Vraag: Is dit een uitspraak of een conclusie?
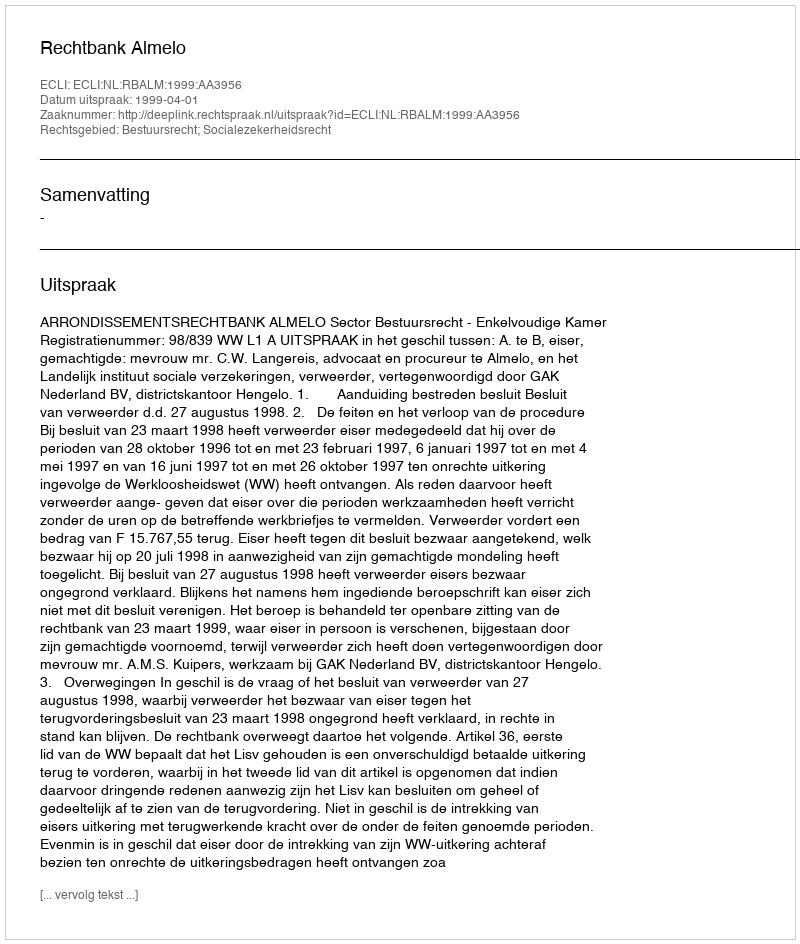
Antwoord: Uitspraak